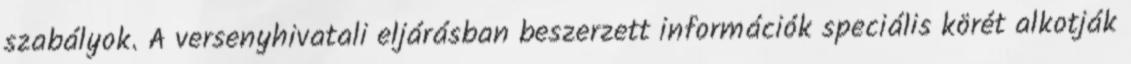
szabályok. A versenyhivatali eljárásban beszerzett információk speciális körét alkotják